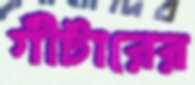
গীটারের